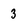
Character: 3